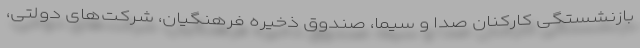
بازنشستگی کارکنان صدا و سیما، صندوق ذخیره فرهنگیان، شرکت‌های دولتی،